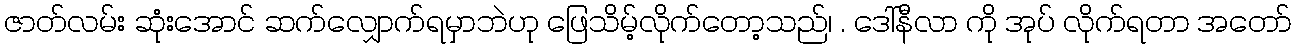
ဇာတ်လမ်း ဆုံးအောင် ဆက်လျှောက်ရမှာဘဲဟု ဖြေသိမ့်လိုက်တော့သည်၊ . ဒေါ်နီလာ ကို အုပ် လိုက်ရတာ အတော်